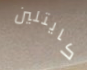
كايتلين